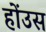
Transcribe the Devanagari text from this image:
होंउस